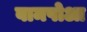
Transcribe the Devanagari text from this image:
वामपोआ